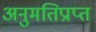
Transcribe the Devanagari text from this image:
अनुमतिप्राप्त